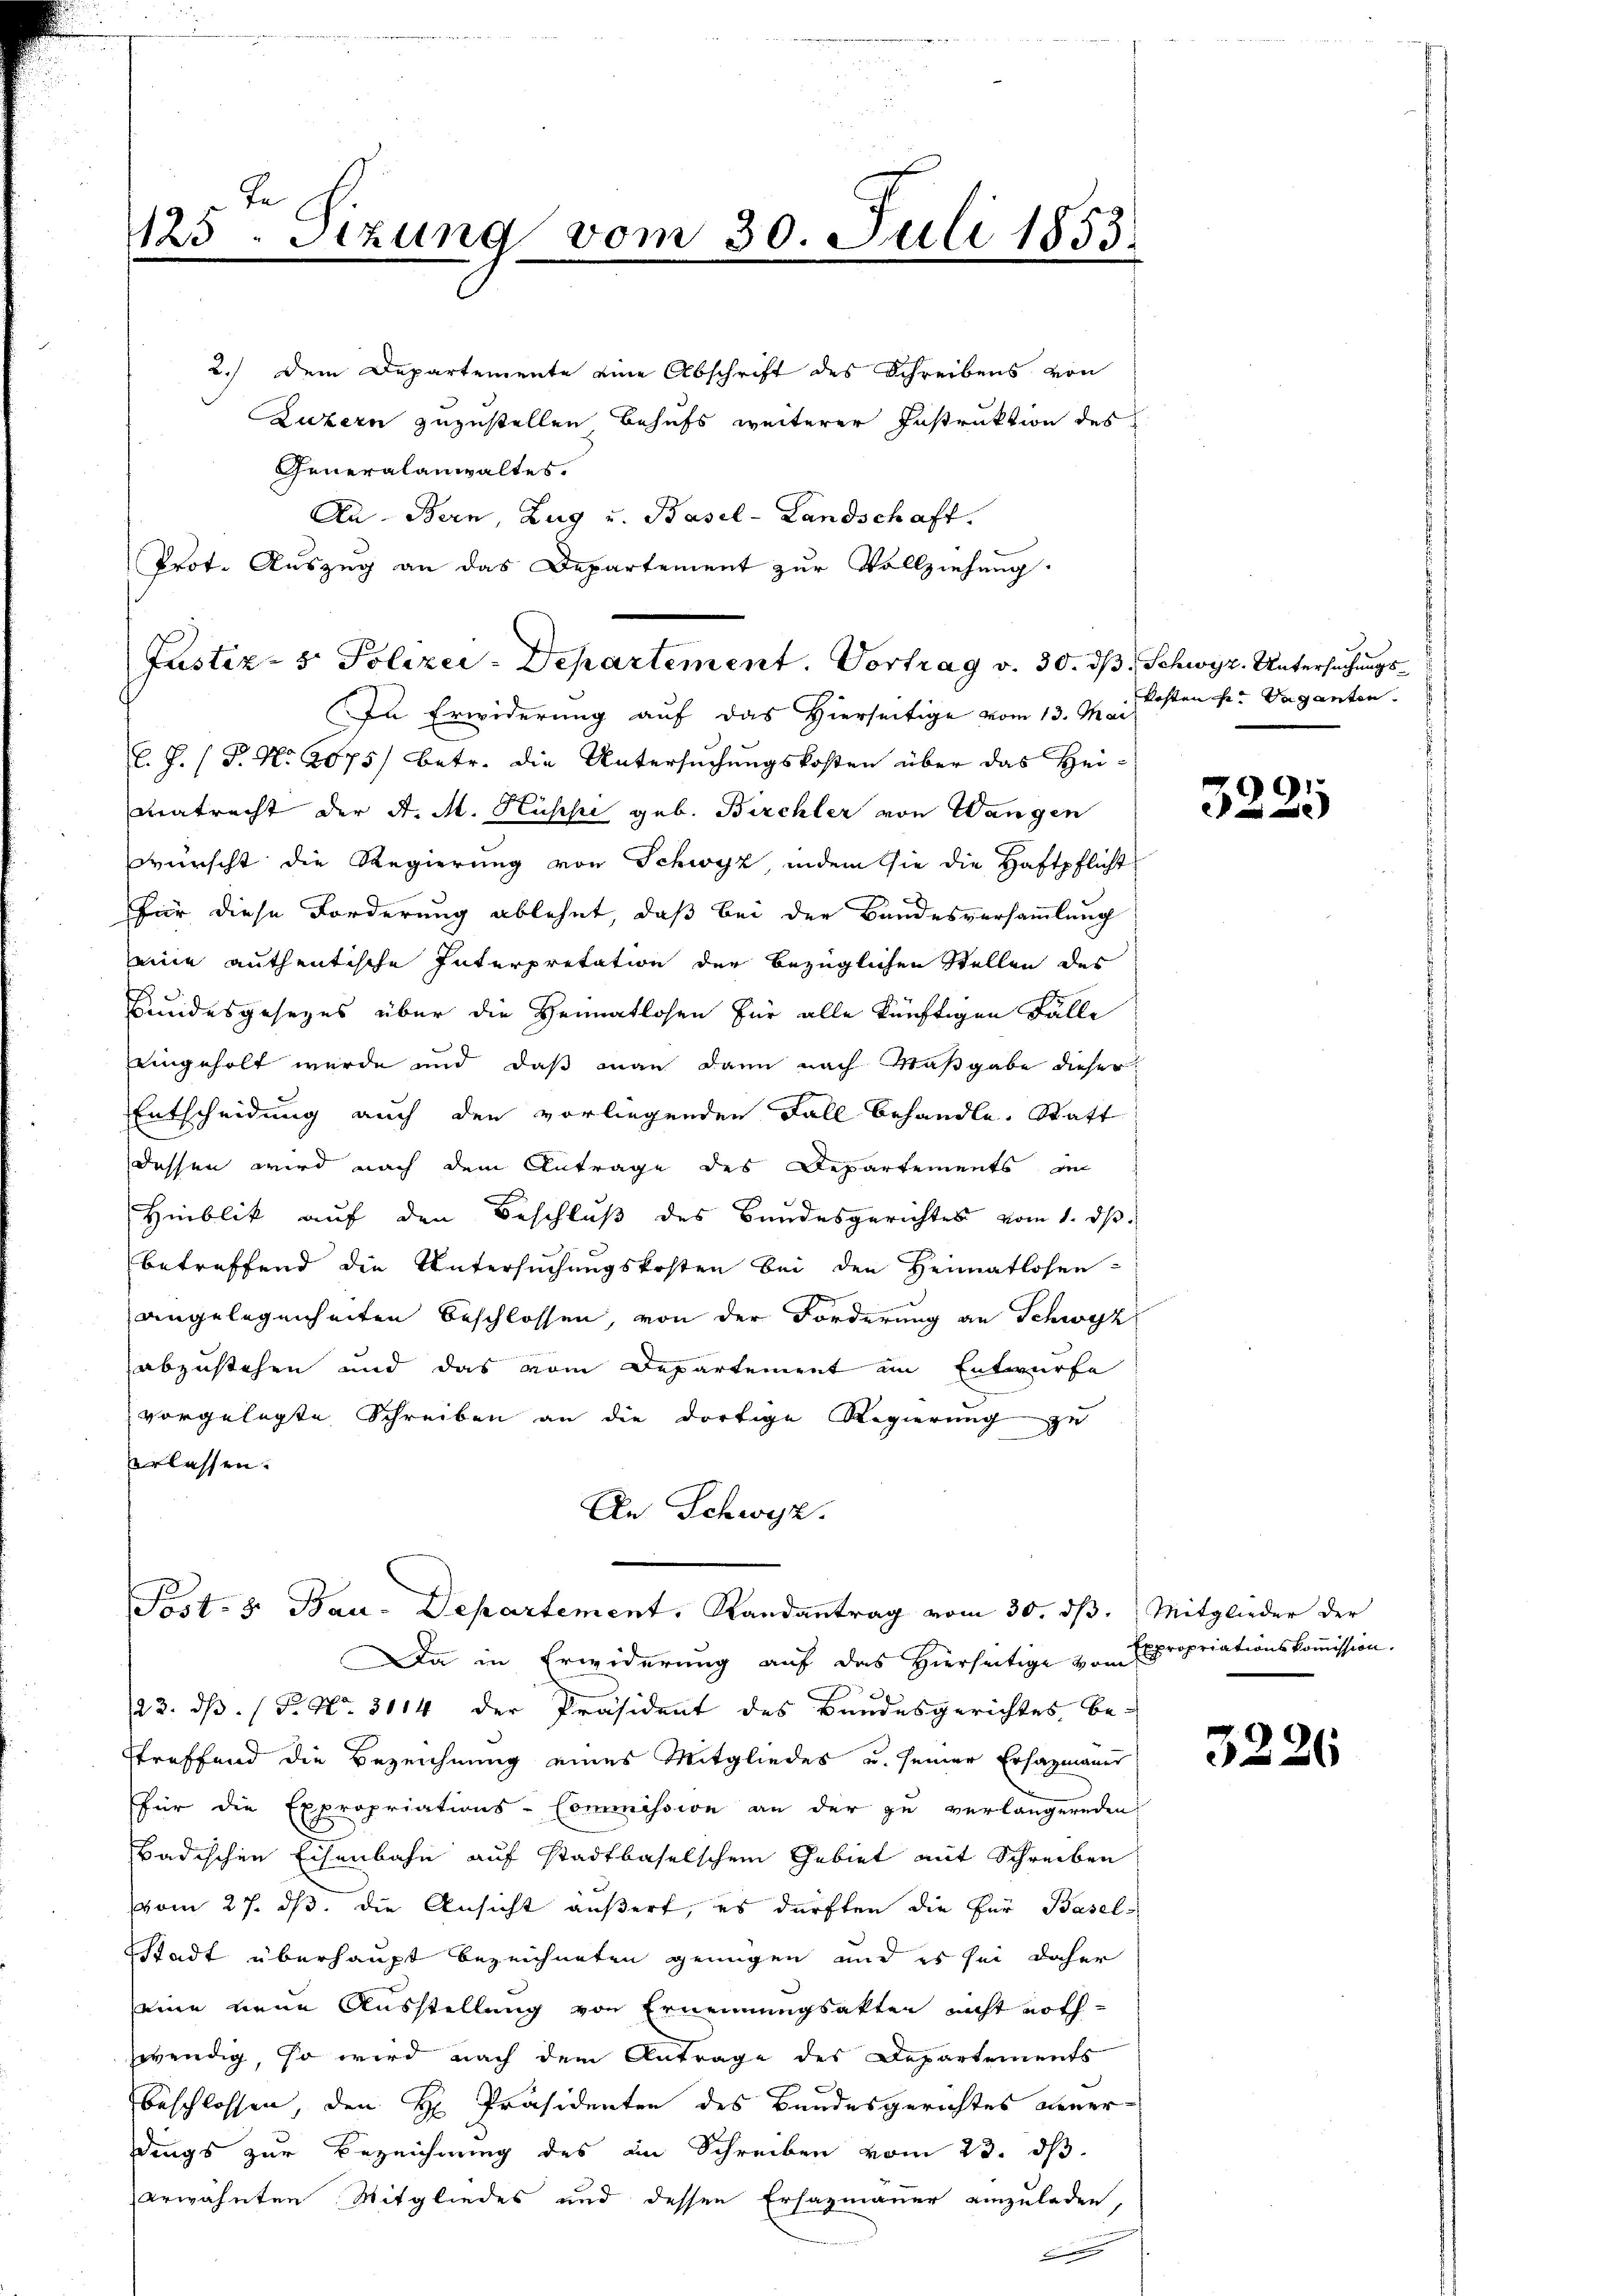
1125. Sizung vom 30. Juli 1853.

2.) Dem Departemente eine Abschrift des Schreibens von
Luzern zuzustellen Behufs weiterer Instruktion des
Generalanwaltes.
An Bern, Zug u. Basel-Landschaft.
Prot. Auszug an das Departement zur Vollziehung.
In Erwiderung auf das Hierseitige vom 13. Mai
l. J. (T. No. 2075) betr. die Untersuchungskosten über das Hei¬
Beatracht der A. M. Hüsche geb. Birchler von Wangen
wunscht die Regierung von Schwyz, indem sie die Haftpflicht
Für diese Forderung ablehnt, daß bei der Bandesversammlung
eine authentische Interpretation der bezüglichen Stellen des
Bundesgesezes über die Heimatlosen für alle künftigen Fälle
eingeholt wurde und daß man dann nach Maßgabe dieser
Entscheidung auch den vorliegenden Fall behandle. Statt
dessen wird nach dem Antrage des Departements in
Hinblik auf den Beschluß des Bundesgerichtes vom 1. ds.
betreffend die Untersuchungskosten bei den Heimatlosen-
angelegenheiten Beschlossen, von der Forderung an Schwyz
abzustehen und das vom Departement im Entwurfe
vorgelegte Schreiben an die dortige Regierung zu
erlassen.
An Schwyz.

Justiz- & Polizei-Departement. Vortrag v. 30. ds. Schwyz, Untersuchungs¬

Post- 8. Bau-Departement, Randantrag vom 30. dβ. Mitglieder der

Da in Erwiderung auf das Hierseitige von Expropriationskommission.
23. ds. (T. No. 3114 der Präsident des Bandesgerichtes, be-
treffend die Bezeichnung eines Mitgliedes u. seiner Erhazmanns
für die Expropriations-Commission an der zu verlängernden
Badischen Eisenbahn auf stadtbaselschem Gebiet mit Schreiben
vom 27. ds. die Ansicht äußert, es dürften die für Basel-
Stadt überhaupt bezeichneten genügen und es sei daher
seine neue Ausstellung von Ernennungsakten nicht noth
zwendig, so wird nach dem Antrage des Departements
e
beschlossen, den H. Präsidenten des Bundesgerichtes neuer
dings zur Bezeichnung des in Schreiben vom 23. ds
erwähnten Mitgliedes und dessen Ersazmauer einzuladen,
F

kosten der Vaganten.

3225

3226